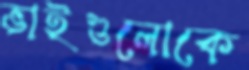
ভাইগুলোকে